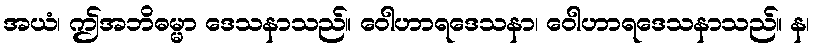
အယံ၊ ဤအဘိဓမ္မာ ဒေသနာသည်။ ဝေါဟာရဒေသနာ၊ ဝေါဟာရဒေသနာသည်။ န၊